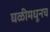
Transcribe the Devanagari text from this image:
घळीमधूनच